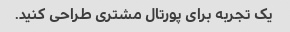
یک تجربه برای پورتال مشتری طراحی کنید.